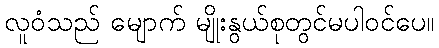
လူဝံသည် မျောက် မျိုးနွယ်စုတွင်မပါဝင်ပေ။